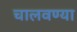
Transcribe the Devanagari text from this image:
चालवण्या